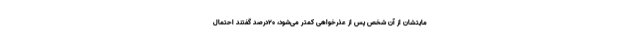
مایتشان از آن شخص پس از عذر‌خواهی کمتر می‌شود، ۲۰درصد گفتند احتمال